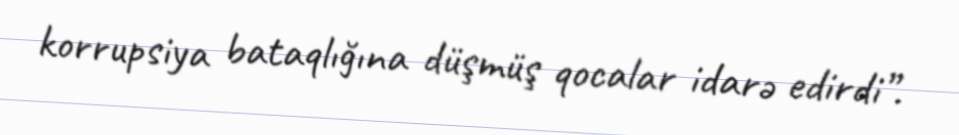
korrupsiya bataqlığına düşmüş qocalar idarə edirdi”.